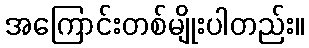
အကြောင်းတစ်မျိုးပါတည်း။